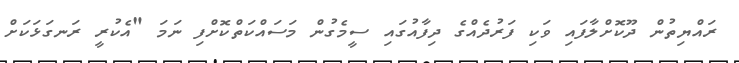
ރައްޔިތުން ދޫކޮށްލާފައި ވަކި ފަރުދެއްގެ ދިފާއުގައި ސީމެގުން މަސައްކަތްކޮށްފި ނަމަ "އެކުރީ ރަނގަޅަކަށް